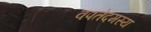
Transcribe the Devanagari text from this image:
वपतेदमस्य